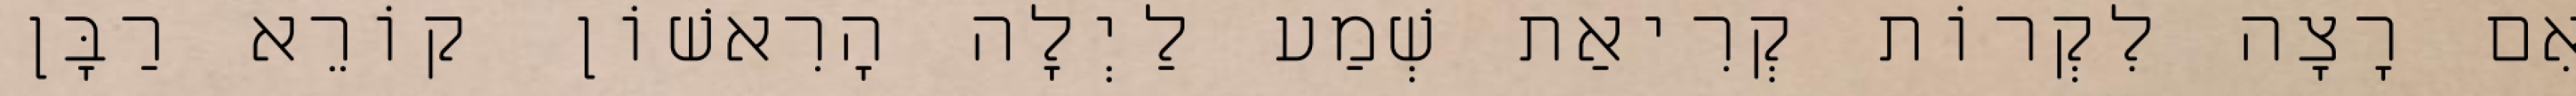
אִם רָצָה לִקְרוֹת קְרִיאַת שְׁמַע לַיְלָה הָרִאשׁוֹן קוֹרֵא רַבָּן